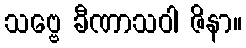
သဗ္ဗေ ခီဏာသဝါ ဇိနာ။